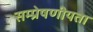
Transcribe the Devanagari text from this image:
सम्प्रेषणीयता